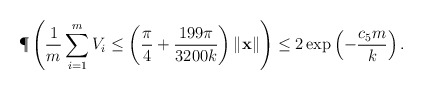
\begin{align*}\P\left( \frac{1}{m}\sum_{i=1}^m V_i \leq \left(\frac{\pi}{4}+\frac{199\pi}{3200k}\right)\|\mathbf{x}\| \right)\leq 2\exp\left(-\frac{c_5 m}{k}\right). \end{align*}